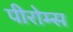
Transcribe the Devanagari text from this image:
पीरोम्स